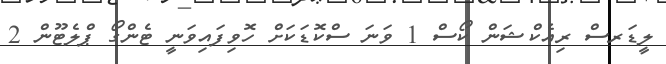
ލީޑަރސް ރިއެކްޝަން ކޯސް 1 ވަނަ ސްކޮޑަކަށް ހޮވިފައިވަނީ ޓެންގޯ ޕްލެޓޫން 2